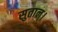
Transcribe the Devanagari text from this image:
सुतान्।